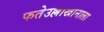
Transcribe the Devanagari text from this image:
फतेउल्लाखानाला